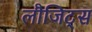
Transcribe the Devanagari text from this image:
लौजिट्स